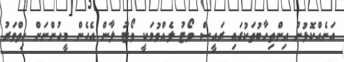
އަނެއްކޮޅުން އިންތިހާބުތަކުގައި ރައީސް ވޯޓު ލެއްވުމަކީ ވޯޓު ލާން އެހެން މީހުންނަށް ހިތްވަރު